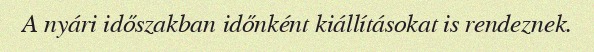
A nyári időszakban időnként kiállításokat is rendeznek.